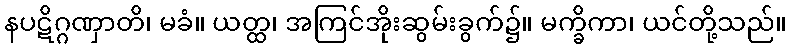
နပဋိဂ္ဂဏှာတိ၊ မခံ။ ယတ္ထ၊ အကြင်အိုးဆွမ်းခွက်၌။ မက္ခိကာ၊ ယင်တို့သည်။